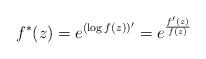
LaTeX: \begin{align*} f^*(z)=e^{(\log f(z))'}=e^{\frac{f'(z)}{f(z)}} \end{align*}